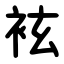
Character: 袨